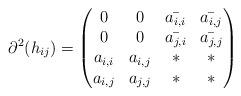
LaTeX: \begin{align*} \partial^2(h_{ij}) =\begin{pmatrix}0 & 0 & \bar{a_{i,i}} & \bar{a_{i,j}} \\0 & 0 & \bar{a_{j,i}} & \bar{a_{j,j}} \\a_{i,i} & a_{i,j} & * & * \\a_{i,j} & a_{j,j} & * & *\end{pmatrix}\end{align*}